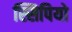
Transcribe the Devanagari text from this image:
स्सिपियो